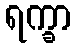
ရက္ခာ